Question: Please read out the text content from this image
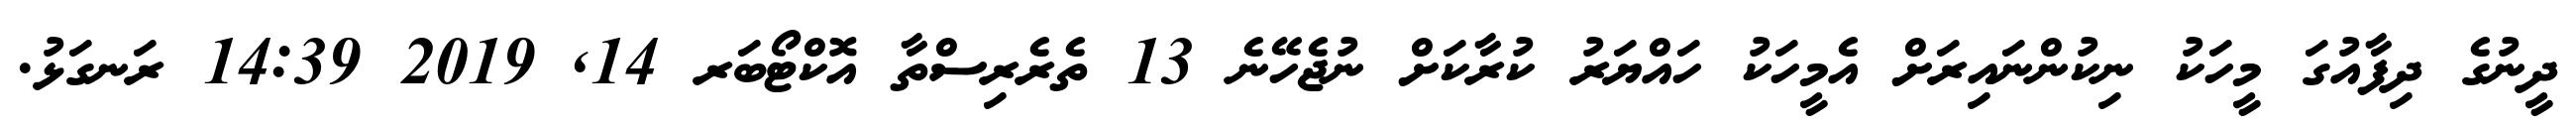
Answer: ދީނުގެ ދިފާއުގަ މީހަކު ނިކުންނައިރަށް އެމީހަކު ހައްޔަރު ކުރާކަށް ނުޖެހޭނެ 13 ތެރެރިސްތާ އޮކްޓޯބަރ 14, 2019 14:39 ރަނގަޅު.